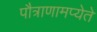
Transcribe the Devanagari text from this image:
पौत्राणामप्येते